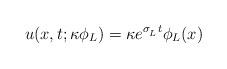
LaTeX: \begin{align*}u(x,t;\kappa \phi_L)=\kappa e^{\sigma_{_{L}} t}\phi_L(x)\end{align*}